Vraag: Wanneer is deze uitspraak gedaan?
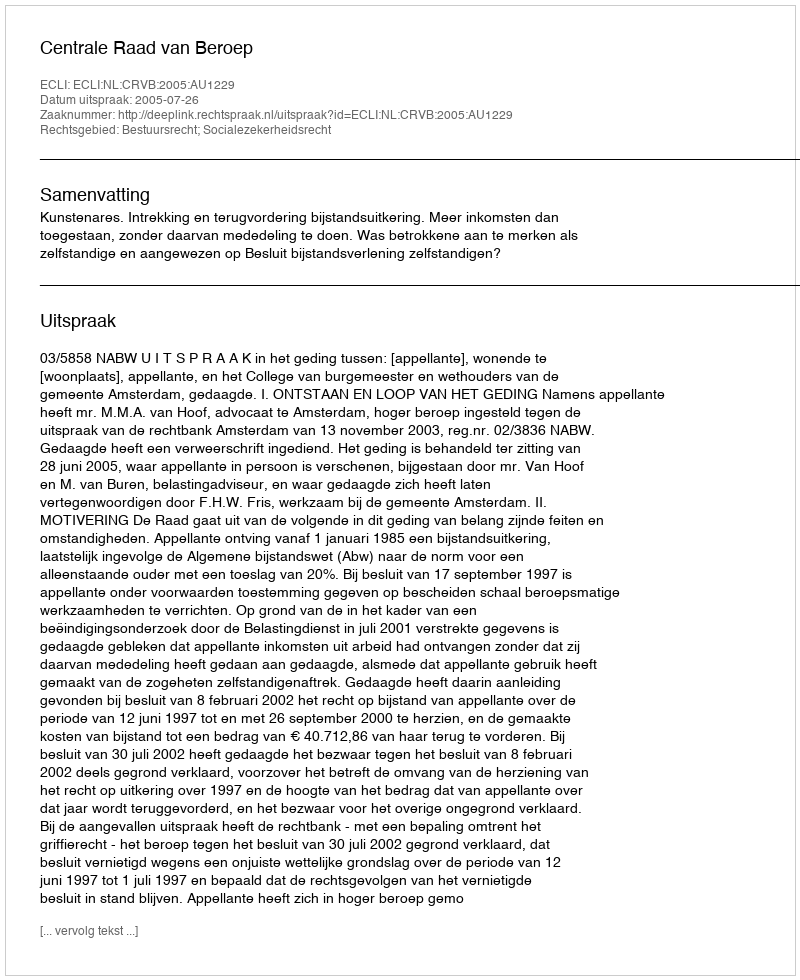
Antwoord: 2005-07-26